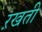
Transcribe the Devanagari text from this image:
ऱखती